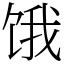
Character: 饿